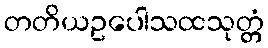
တတိယဥပေါသထသုတ္တံ